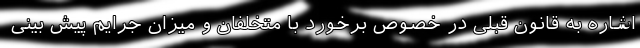
اشاره به قانون قبلی در خصوص برخورد با متخلفان و میزان جرایم پیش بینی